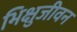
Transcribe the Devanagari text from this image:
भिक्षुजीवन